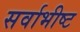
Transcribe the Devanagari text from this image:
सर्वाभीष्ट